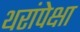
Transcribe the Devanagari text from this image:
थरांपेक्षा